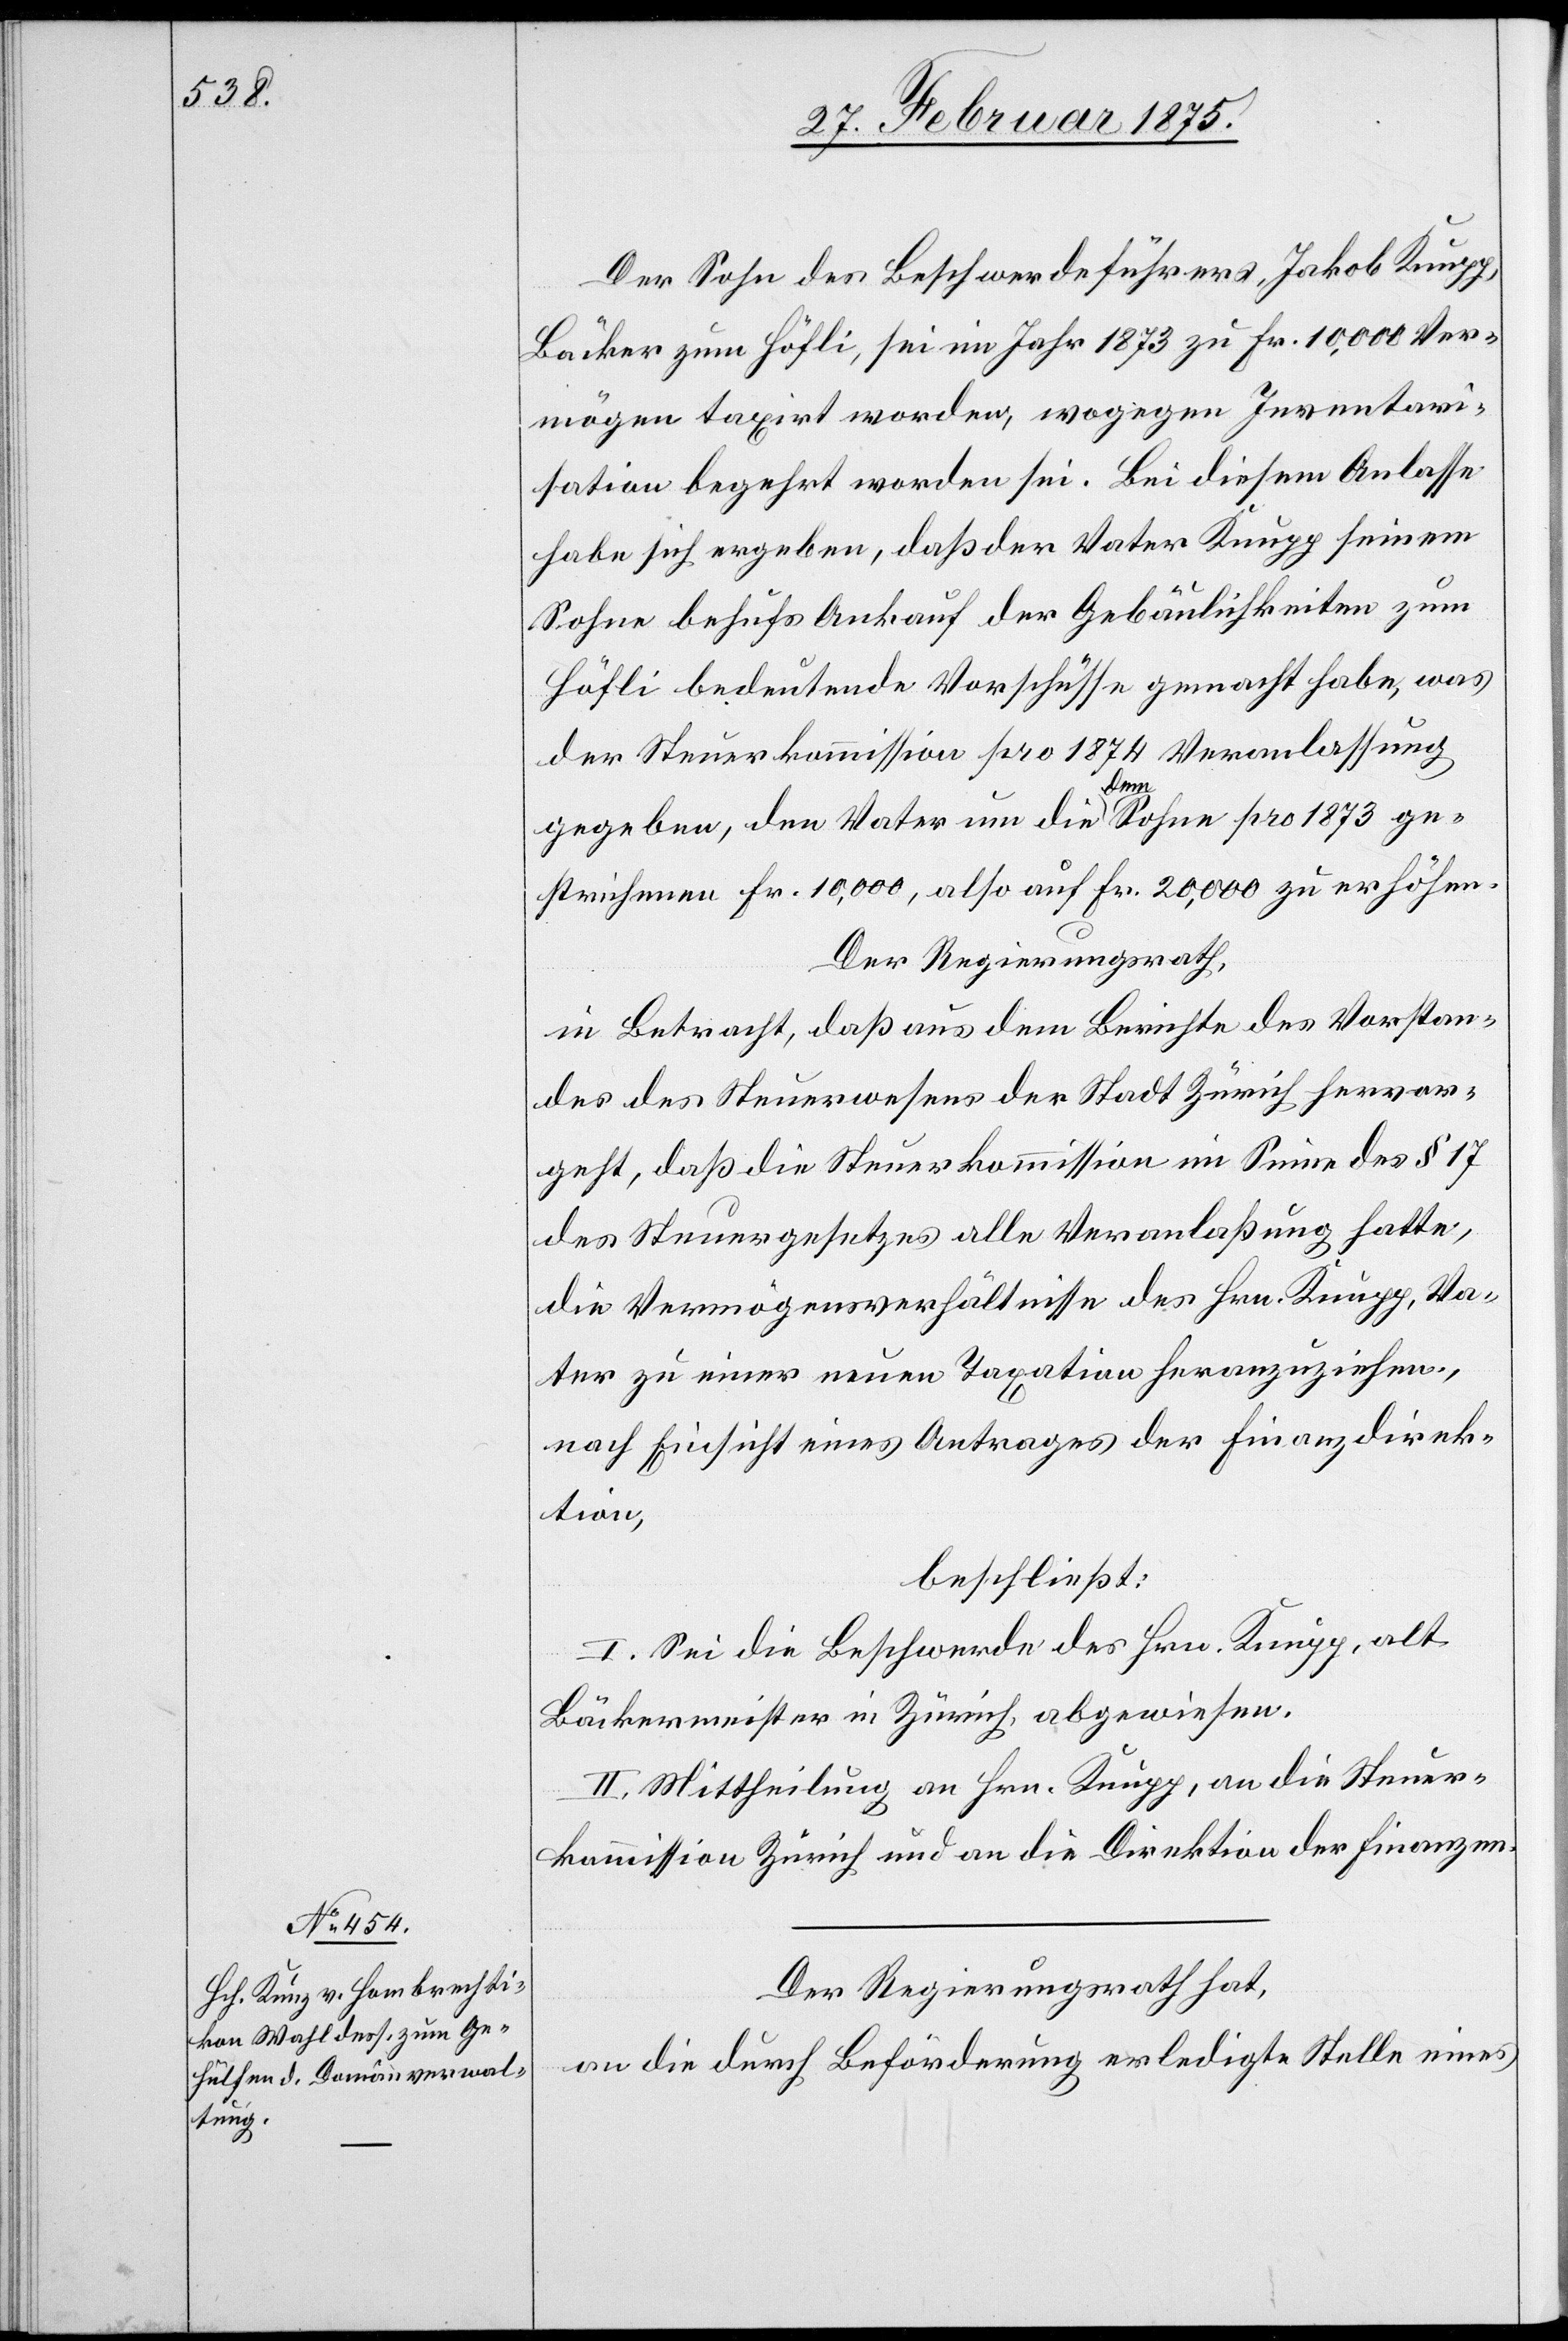
Der Sohn des Beschwerdeführers, Jakob Krupp,
Bäcker zum Höfli, sei im Jahr 1873 zu Fr. 10,000 Ver¬
mögen taxirt worden, wogegen Inventar¬
isation begehrt worden sei. Bei diesem Anlasse
habe sich ergeben, daß der Vater Krupp seinem
Sohne behufs Ankauf der Gebäulichkeiten zum
Höfli bedeutende Vorschüsse gemacht habe, was
der Steuerkommission pro 1874 Veranlassung
gegeben, den Vater um die a-dem-a Sohne pro 1873 ge¬
strichenen Fr. 10,000, also auf Fr. 20,000 zu erhöhen.
Der Regierungsrath,
in Betracht, daß aus dem Berichte des Vorstan¬
des des Steuerwesens der Stadt Zürich hervor¬
geht, daß die Steuerkommission im Sinne des § 17
des Steuergesetzes alle Veranlaßung halte,
die Vermögensverhältnisse des Hrn. Krupp, Va¬
ter zu einer neuen Taxation heranzuziehen,
nach Einsicht eines Antrages der Finanzdirek¬
tion,
beschließt:
I. Sei die Beschwerde des Hrn. Krupp, alt
Bäckermeister in Zürich, abgewiesen.
II. Mittheilung an Hrn. Krupp, an die Steuer¬
kommission Zürich und an die Direktion der Finanzen.
Der Regierungsrath hat,
an die durch Beförderung erledigte Stelle eines